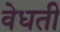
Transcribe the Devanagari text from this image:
वेधती